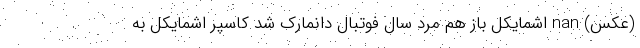
(عکس) nan اشمایکل باز هم مرد سال فوتبال دانمارک شد کاسپر اشمایکل به